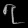
Digit: ၇